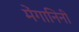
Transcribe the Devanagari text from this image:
मेंगानिनी